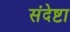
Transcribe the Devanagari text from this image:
संदेष्टा